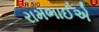
રામભાઈએ